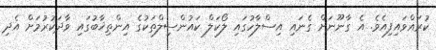
ކުރައްވައިފިއެވެ. އެ ގާނޫނަށް ގެނައި އިސްލާހުގައި ލޯކަލް ކައުންސިލްތަކުގެ އިންތިޚާބުގައި ވާދަކުރުމަށް އެދި